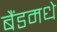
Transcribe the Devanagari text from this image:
बैंडमधे